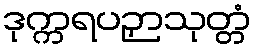
ဒုက္ကရပဉှာသုတ္တံ